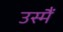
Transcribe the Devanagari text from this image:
उस्मैं